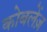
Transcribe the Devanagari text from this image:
कोबलेंज़